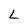
Character: L